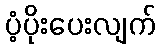
ပံ့ပိုးပေးလျက်